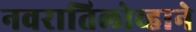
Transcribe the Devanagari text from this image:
नवरातिलोव्हाने